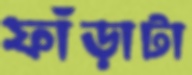
ফাঁড়াটা